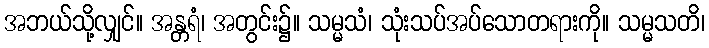
အဘယ်သို့လျှင်။ အန္တရံ၊ အတွင်း၌။ သမ္မသံ၊ သုံးသပ်အပ်သောတရားကို။ သမ္မသတိ၊